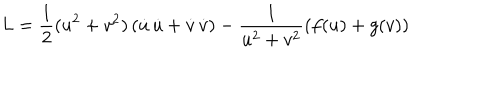
L = \displaystyle \frac { 1 } { 2 } ( u ^ { 2 } + v ^ { 2 } ) \left( \dot { u } \, \dot { u } + \dot { v } \, \dot { v } \right) - \displaystyle \frac { 1 } { u ^ { 2 } + v ^ { 2 } } \left( f ( u ) + g ( v ) \right)